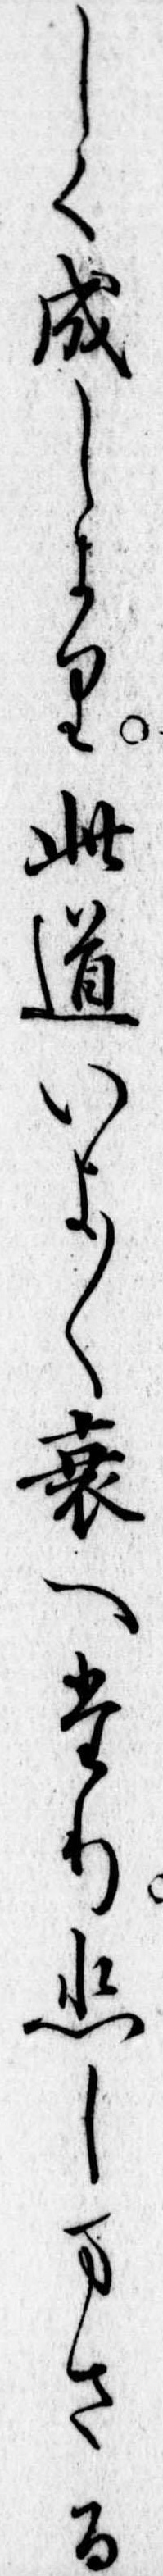
しく成しより此道いよ〱衰へたり悲しまさる